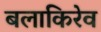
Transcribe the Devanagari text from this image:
बलाकिरेव